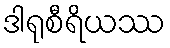
ဒါရုစီရိယဿ